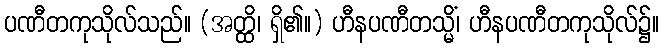
ပဏီတကုသိုလ်သည်။ (အတ္ထိ၊ ရှိ၏။) ဟီနပဏီတသ္မိံ၊ ဟီနပဏီတကုသိုလ်၌။